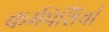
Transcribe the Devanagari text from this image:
कर्मपेशियाँ